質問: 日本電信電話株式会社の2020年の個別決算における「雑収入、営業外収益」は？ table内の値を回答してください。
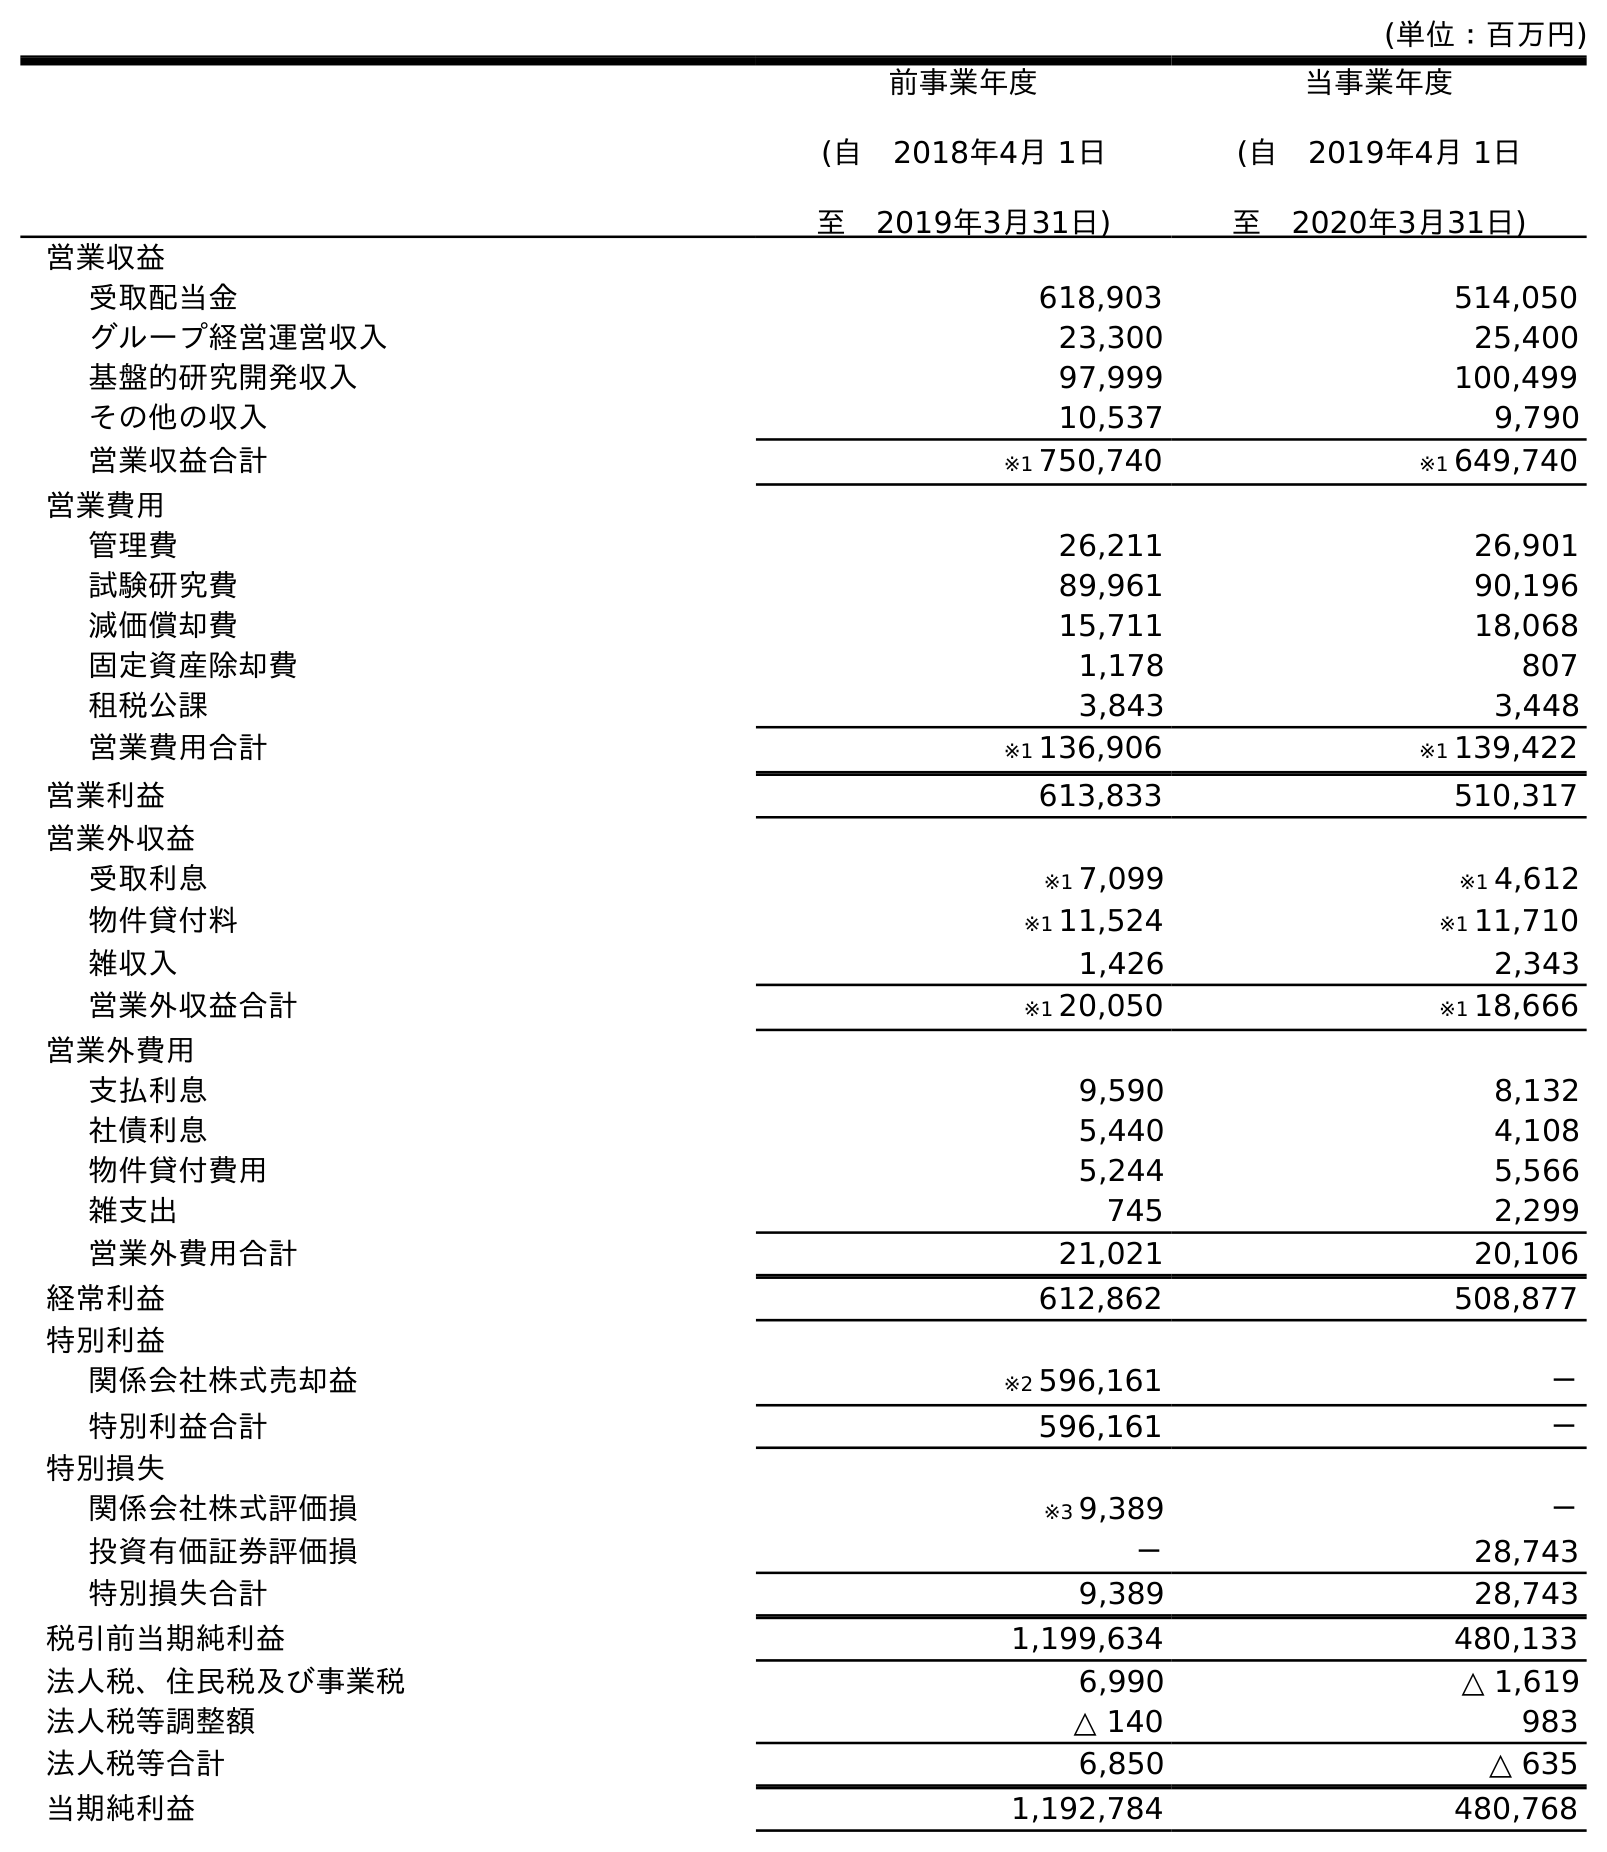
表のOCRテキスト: (単位：百万円) 前事業年度 (自 2018年4月 1日 至 2019年3月31日) 当事業年度 (自 2019年4月 1日 至 2020年3月31日) 営業収益 受取配当金 618,903 514,050 グループ経営運営収入 23,300 25,400 基盤的研究開発収入 97,999 100,499 その他の収入 10,537 9,790 営業収益合計 ※1 750,740 ※1 649,740 営業費用 管理費 26,211 26,901 試験研究費 89,961 90,196 減価償却費 15,711 18,068 固定資産除却費 1,178 807 租税公課 3,843 3,448 営業費用合計 ※1 136,906 ※1 139,422 営業利益 613,833 510,317 営業外収益 受取利息 ※1 7,099 ※1 4,612 物件貸付料 ※1 11,524 ※1 11,710 雑収入 1,426 2,343 営業外収益合計 ※1 20,050 ※1 18,666 営業外費用 支払利息 9,590 8,132 社債利息 5,440 4,108 物件貸付費用 5,244 5,566 雑支出 745 2,299 営業外費用合計 21,021 20,106 経常利益 612,862 508,877 特別利益 関係会社株式売却益 ※2 596,161 － 特別利益合計 596,161 － 特別損失 関係会社株式評価損 ※3 9,389 － 投資有価証券評価損 － 28,743 特別損失合計 9,389 28,743 税引前当期純利益 1,199,634 480,133 法人税、住民税及び事業税 6,990 △ 1,619 法人税等調整額 △ 140 983 法人税等合計 6,850 △ 635 当期純利益 1,192,784 480,768
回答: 2,343